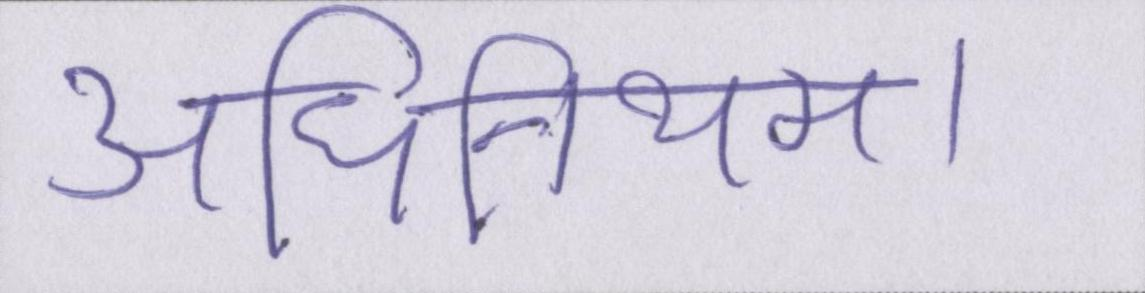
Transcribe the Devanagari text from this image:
अधिनियम।